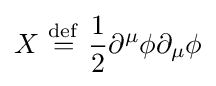
X\ {\stackrel {\mathrm {def} }{=}}\ {\frac {1}{2}}\partial ^{\mu }\phi \partial _{\mu }\phi